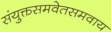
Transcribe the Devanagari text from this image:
संयुक्तसमवेतसमवाय